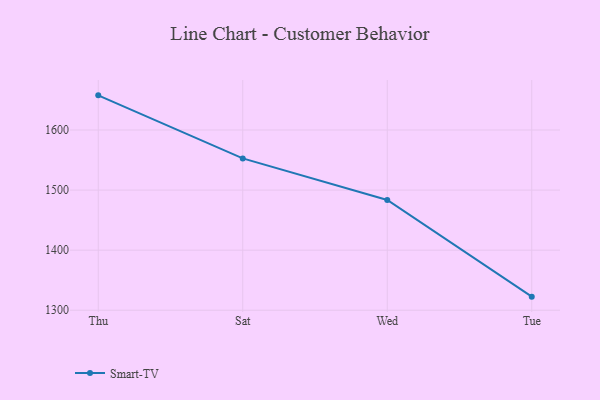
{"axis": {"x": "Day", "y": "Conversion Rate (%)"}, "legend": ["Smart-TV"], "data": [{"x": "Thu", "y": 1657.7, "type": "Smart-TV"}, {"x": "Sat", "y": 1552.7, "type": "Smart-TV"}, {"x": "Wed", "y": 1483.5, "type": "Smart-TV"}, {"x": "Tue", "y": 1322.6, "type": "Smart-TV"}]}